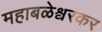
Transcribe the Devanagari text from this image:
महाबळेश्वरकर